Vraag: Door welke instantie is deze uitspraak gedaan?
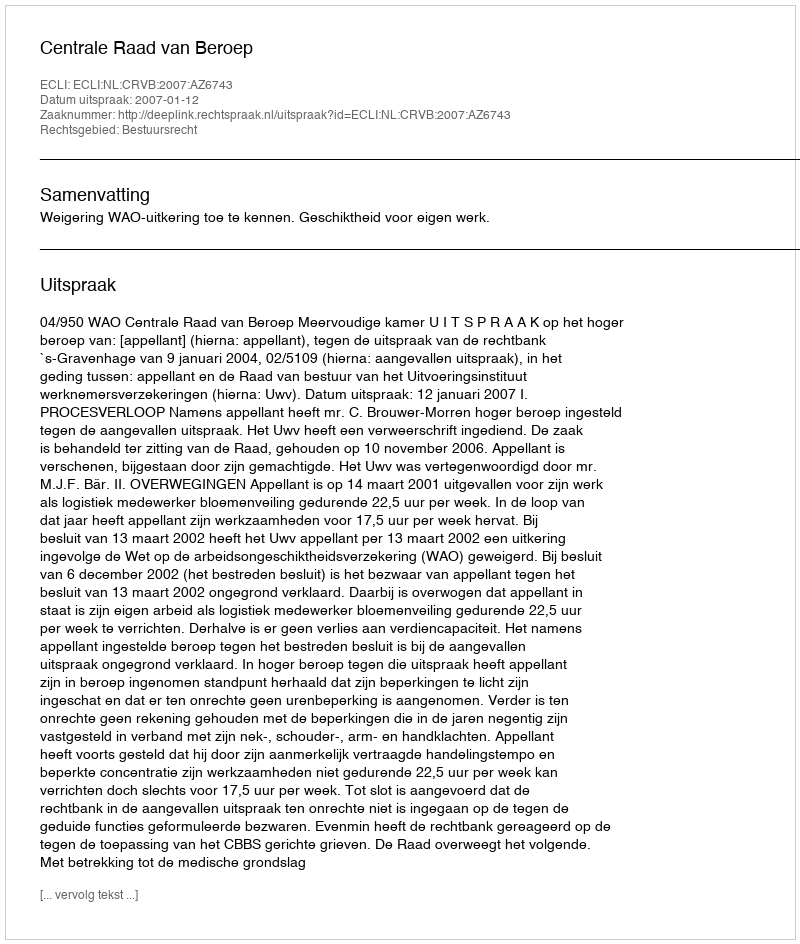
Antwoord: Centrale Raad van Beroep